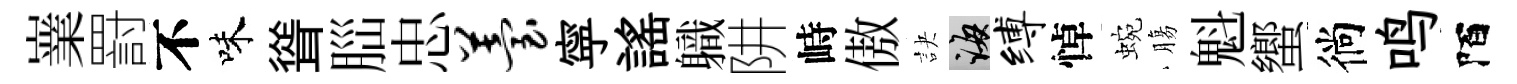
嶪罸不味聳𦛁忠苔寜謡軄阱峙傲訣誨缚悼蜿膓魁蠁徜鸣陌